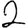
Digit: 2